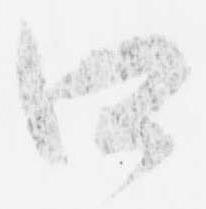
口